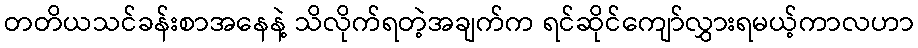
တတိယသင်ခန်းစာအနေနဲ့ သိလိုက်ရတဲ့အချက်က ရင်ဆိုင်ကျော်လွှားရမယ့်ကာလဟာ